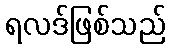
ရလဒ်ဖြစ်သည်